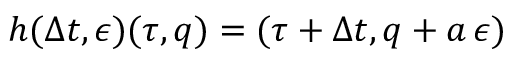
h ( \Delta t , \epsilon ) ( \tau , q ) = ( \tau + \Delta t , q + a \, \epsilon )